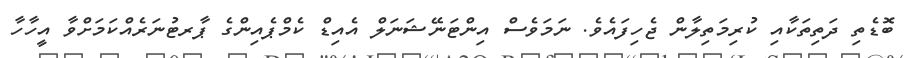
ބޮޑެތި ދަތިތަކާއި ކުރިމަތިލާން ޖެހިފައެވެ. ނަމަވެސް އިންޓަނޭޝަނަލް އެއިޑް ކެމްޕެއިންގެ ޕާރޓުނަރެއްކަމަށްވާ އީހާހާ